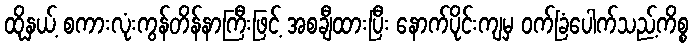
ထိုနှယ့် စကားလုံးကွန်တိန်နာကြီးဖြင့် အစချီထားပြီး နောက်ပိုင်းကျမှ ဝက်ခြံပေါက်သည့်ကိစ္စ